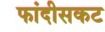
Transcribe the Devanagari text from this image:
फांदीसकट